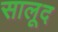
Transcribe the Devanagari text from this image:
सालूद